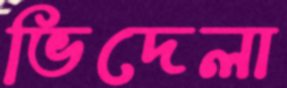
ভিদেলা